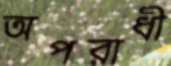
অপরাধী